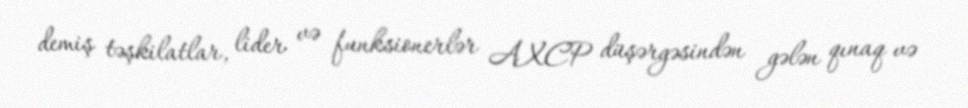
demiş təşkilatlar, lider və funksionerlər AXCP düşərgəsindən gələn qınaq və